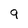
Character: 9